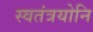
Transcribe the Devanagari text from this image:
स्वतंत्रयोनि